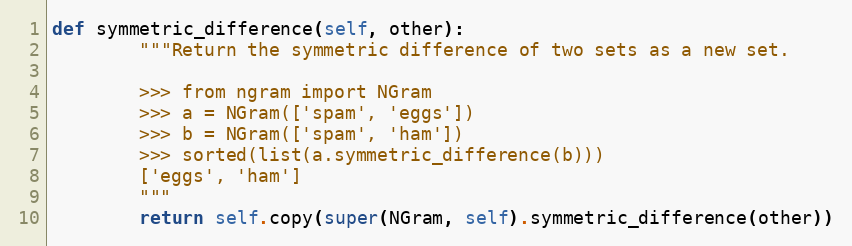
Language: Python
def symmetric_difference(self, other):
        """Return the symmetric difference of two sets as a new set.

        >>> from ngram import NGram
        >>> a = NGram(['spam', 'eggs'])
        >>> b = NGram(['spam', 'ham'])
        >>> sorted(list(a.symmetric_difference(b)))
        ['eggs', 'ham']
        """
        return self.copy(super(NGram, self).symmetric_difference(other))